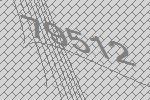
79512